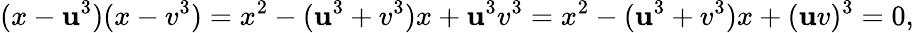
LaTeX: (x-\mathbf{u}^{3})(x-v^{3})=x^{2}-(\mathbf{u}^{3}+v^{3})x+\mathbf{u}^{3}v^{3}=x^{2}-(\mathbf{u}^{3}+v^{3})x+(\mathbf{u}v)^{3}=0,